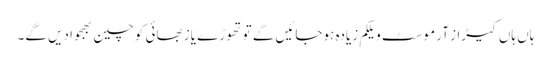
ہاں ہاں کیڑاز آر موسٹ ویلکم زیادہ ہوجائیں گے تو تھوڑے یاز بھائی کو چین بھجوا دیں گے۔